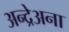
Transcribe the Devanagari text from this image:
अन्द्रेअना